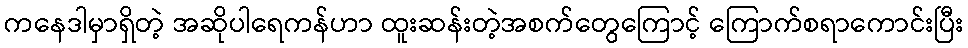
ကနေဒါမှာရှိတဲ့ အဆိုပါရေကန်ဟာ ထူးဆန်းတဲ့အစက်တွေကြောင့် ကြောက်စရာကောင်းပြီး